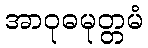
အာဝုဓမုတ္တမံ